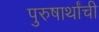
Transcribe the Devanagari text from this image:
पुरुषार्थांची